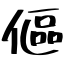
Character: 傴